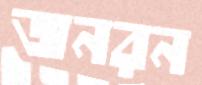
জনরন